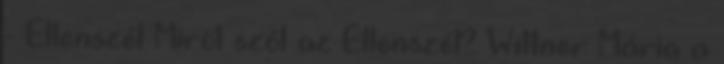
- Ellenszél Miről szól az Ellenszél? Wittner Mária a